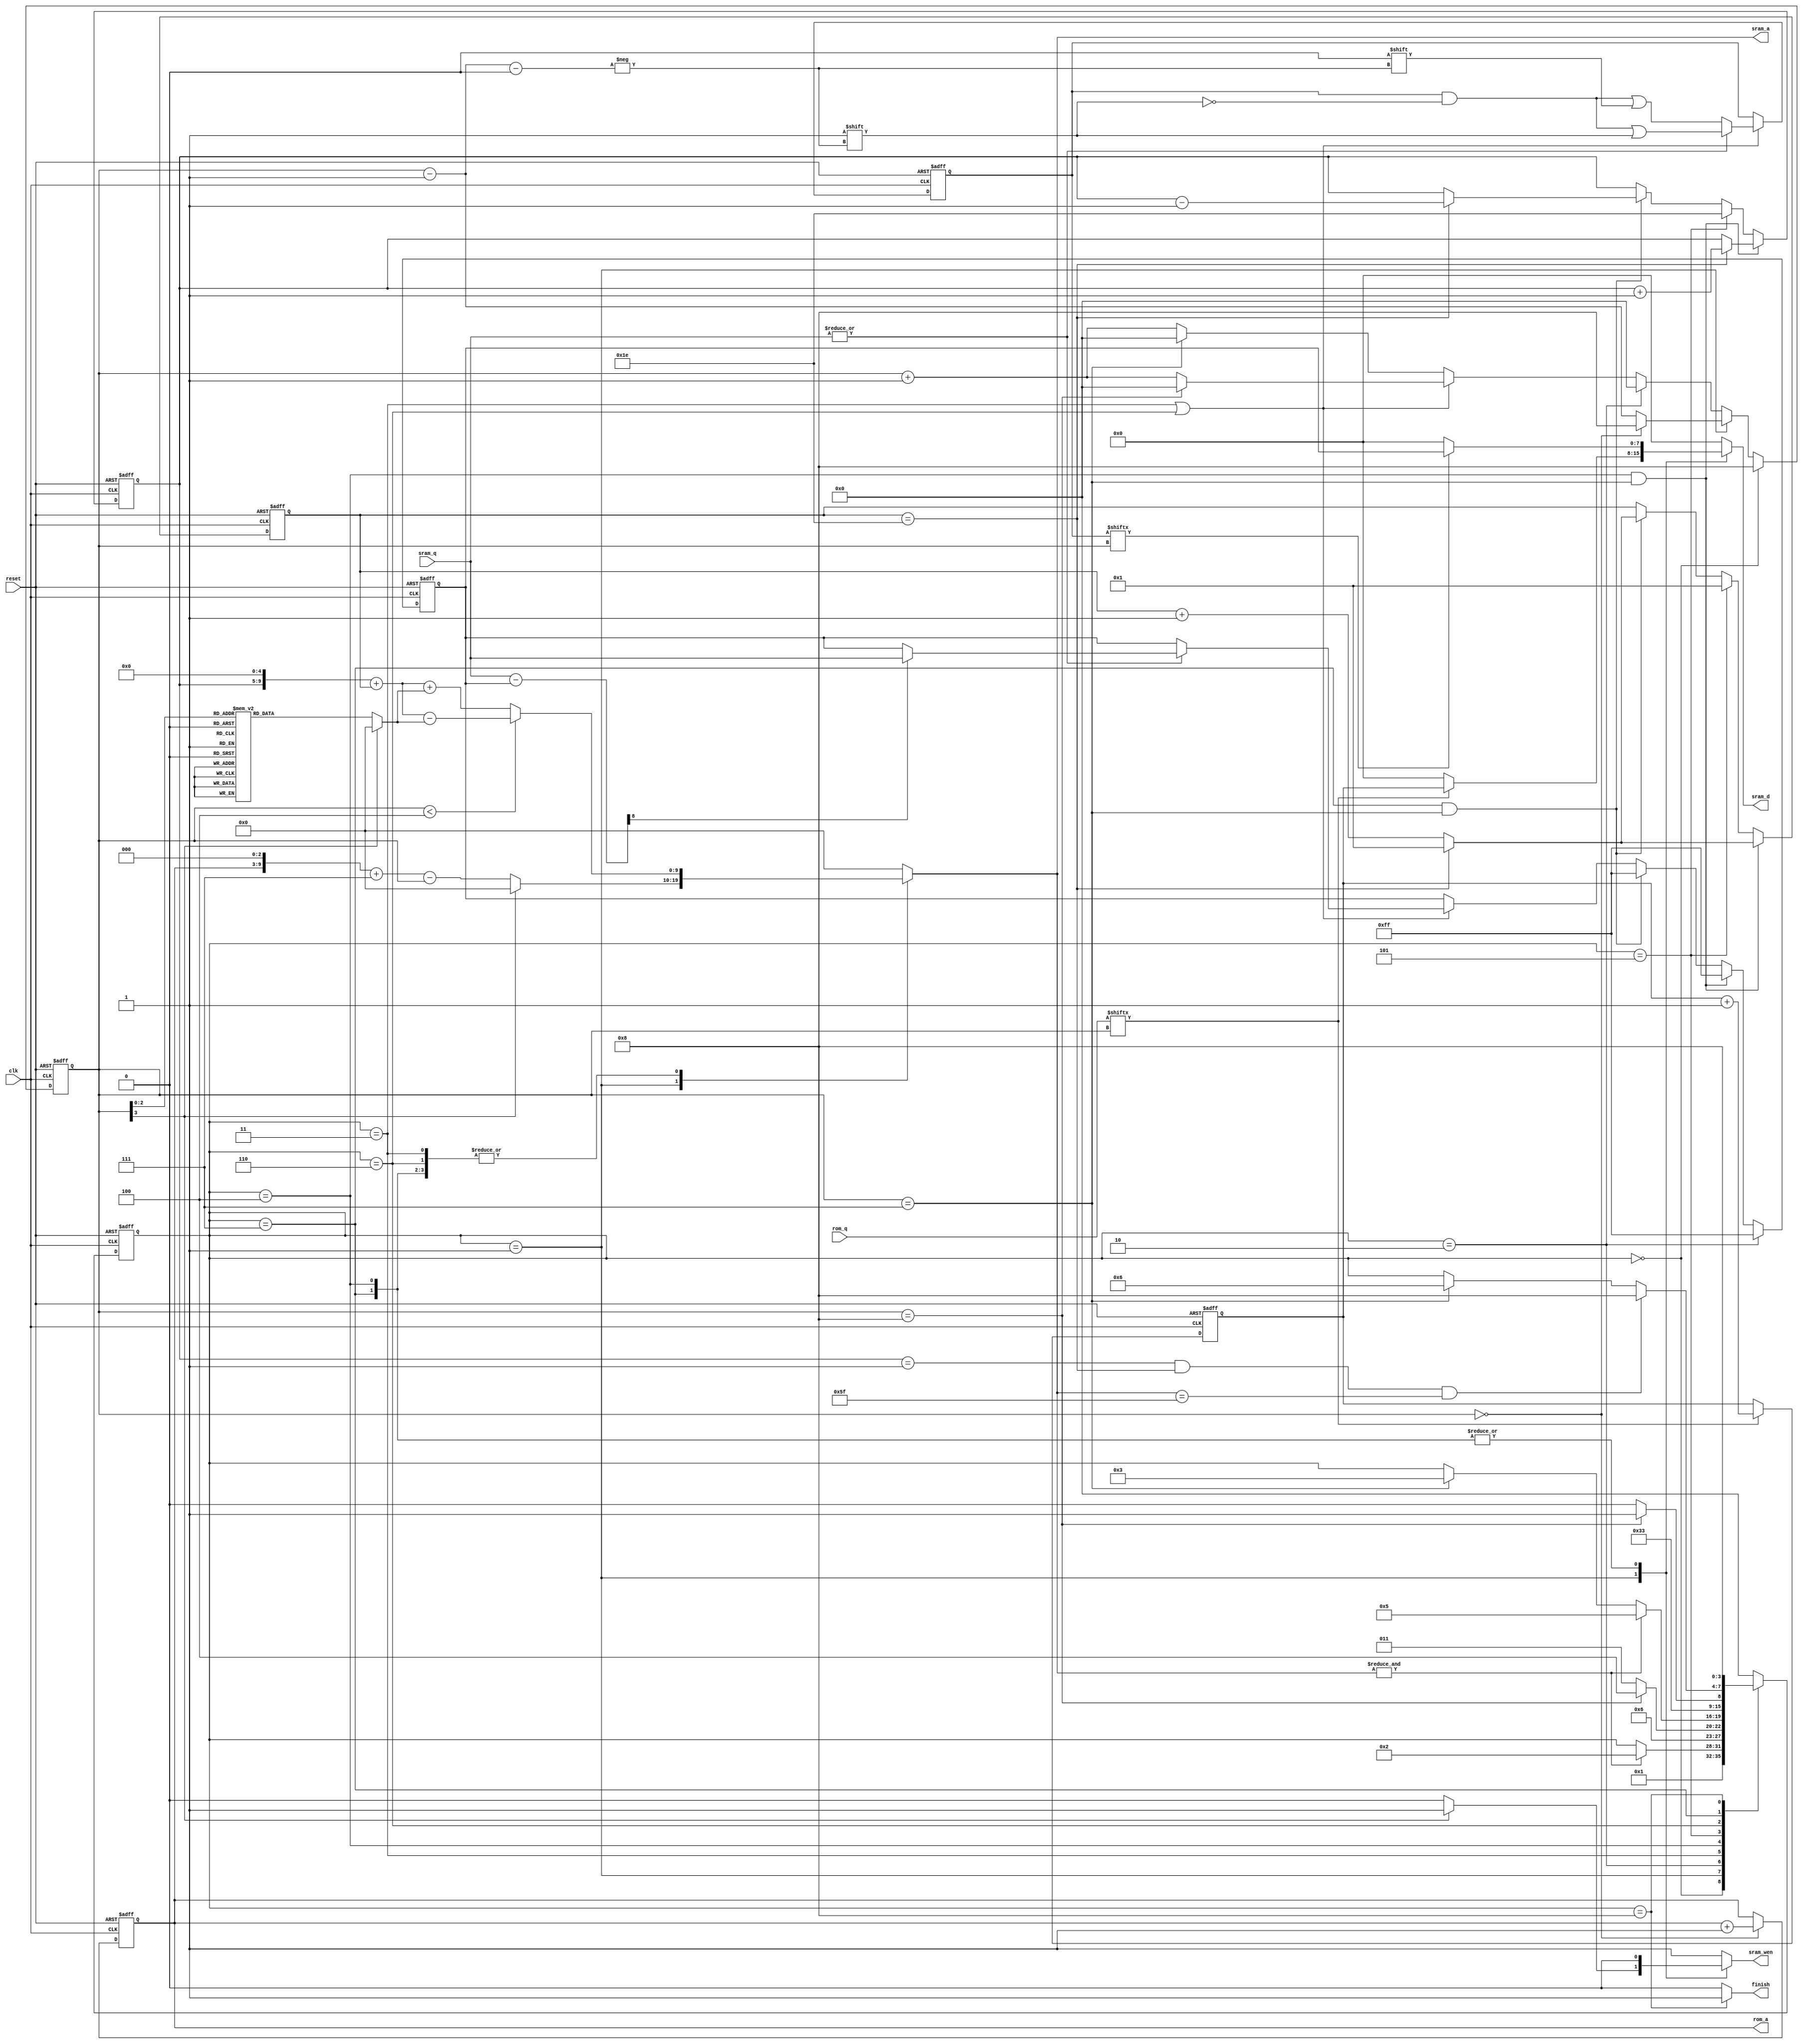
`timescale 1ns/10ps
module CLE ( clk, reset, rom_q, rom_a, sram_q, sram_a, sram_d, sram_wen, finish);
input         clk;
input         reset;
input  [7:0]  rom_q;
output reg [6:0]  rom_a;
input  [7:0]  sram_q;
output reg [9:0]  sram_a;
output reg [7:0]  sram_d;
output reg        sram_wen;
output        finish;

parameter IDLE = 4'd0,
          LABEL = 4'd1,
          LABEL_DONE = 4'd2,
          SCAN_S1 = 4'd3,
          WRITE_S1 = 4'd4,
          S1_DONE = 4'd5,
          SCAN_S2 = 4'd6,
          WRITE_S2 = 4'd7,
          DONE = 4'd8;




reg [3:0] state, n_state;
reg [3:0] cnt, n_cnt;
reg [7:0] tmp_label;
reg [4:0] row, n_row;
reg [4:0] col, n_col;
reg [7:0] min, n_min;
wire [9:0] c_addr;
reg [9:0] sram_addr, bias;
wire [8:0] diff;
reg [7:0] record;
assign c_addr = {row,5'd0} + col;
assign finish = (state == DONE)?1'b1:1'b0;
assign diff = sram_q - min;

always@(posedge clk or posedge reset)begin
    if(reset)begin
        state <= IDLE; 
    end
    else begin
        state <= n_state;
    end
end
always@(*)begin
    case(state)
        IDLE:n_state = LABEL;
        LABEL:begin
            if(&sram_a)begin
                n_state = LABEL_DONE;
            end
            else begin
                n_state = state;
            end
        end
        LABEL_DONE: n_state = SCAN_S1;
        SCAN_S1:begin
            if(cnt == 4'd8)begin
                n_state = WRITE_S1;
            end
            else begin
                n_state = SCAN_S1;
            end
        end
        WRITE_S1:begin
            if(&sram_a)begin
                n_state = S1_DONE;
            end
            else if(cnt == 4'd7)begin
                n_state = SCAN_S1;
            end
            else begin
                n_state = state;
            end
        end
        S1_DONE: n_state = SCAN_S2;
        SCAN_S2:begin
            if(cnt == 4'd8)begin
                n_state = WRITE_S2;
            end
            else begin
                n_state = SCAN_S2;
            end
        end
        WRITE_S2:begin
            if(row == 5'd1 && col == 5'd30 && sram_a == 10'd95)begin
                n_state = DONE;
            end
            else if(cnt == 4'd7)begin
                n_state = SCAN_S2;
            end
            else begin
                n_state = state;
            end
        end
        DONE:begin
            n_state = DONE;
        end 
        default:n_state = IDLE;
    endcase
end

always@(posedge clk or posedge reset)begin
    if(reset)begin
        cnt <= 4'd8;
    end
    else if(state == IDLE)begin
        cnt <= 4'd8;
    end
    else begin
        cnt <= n_cnt;
    end
end
always@(*)begin
    if(state == LABEL)begin
        if(cnt == 4'd0)begin
            n_cnt = 4'd8;
        end
        else begin
            n_cnt = cnt - 4'd1;
        end
    end
    else if(state == LABEL_DONE)begin
        n_cnt = 4'd0;
    end
    else if(state == SCAN_S1 || state == SCAN_S2)begin
        if(cnt == 4'd8)begin
            n_cnt = 4'd0;
        end
        else begin
            n_cnt = cnt + 4'd1;
        end
    end
    else begin
        if(cnt == 4'd7)begin
            n_cnt = 4'd0;
        end
        else begin
            n_cnt = cnt + 4'd1;
        end 
    end    
end

always@(posedge clk or posedge reset)begin
    if(reset)begin
        tmp_label <= 8'd1;
    end
    else if(rom_q[cnt])begin
        tmp_label <= tmp_label + 8'd1;
    end
    else begin
    end
end

always@(posedge clk or posedge reset)begin
    if(reset)begin
        rom_a <= 7'd0;
    end
    else if(cnt == 4'd0)begin
        rom_a <= rom_a + 7'd1;
    end
end

// set row and column
always@(posedge clk or posedge reset)begin
    if(reset)begin
        row <= 5'd1;
        col <= 5'd1;
    end
    else begin
        row <= n_row;
        col <= n_col;
    end
end
always@(*)begin
    if(state == WRITE_S1 && cnt == 4'd7)begin
        // from left to right, top to down
        if(col == 5'd30)begin
            n_row = row + 5'd1;
            n_col = 5'd1;
        end
        else begin
            n_row = row;
            n_col = col + 5'd1;
        end
    end
    else if(state == S1_DONE)begin
        n_row = 5'd30;
        n_col = 5'd1;
    end
    else if(state == WRITE_S2 && cnt == 4'd7)begin
        // from left to right, down to top
        if(col == 5'd30)begin
            n_row = row - 5'd1;
            n_col = 5'd1;
        end
        else begin
            n_row = row;
            n_col = col + 5'd1;
        end
    end
    else begin
        n_row = row;
        n_col = col;
    end
end

// caculate sram addr
always@(*)begin
    if(cnt < 4'd4)begin
        sram_addr = c_addr - bias;
    end
    else begin
        sram_addr = c_addr + bias;
    end
end
always@(*)begin
    case(cnt)
        4'd0: bias = 10'd33;
        4'd1: bias = 10'd32;
        4'd2: bias = 10'd31;
        4'd3: bias = 10'd1;
        4'd4: bias = 10'd1;
        4'd5: bias = 10'd31;
        4'd6: bias = 10'd32;
        4'd7: bias = 10'd33;
        default: bias = 10'd0;
    endcase
end

always@(posedge clk or posedge reset)begin
    if(reset)begin
        record <= 8'd0;
    end
    else if(state == SCAN_S1 || state == SCAN_S2)begin
        if(~|sram_q)begin
            record[cnt-4'd1] <=1'b0;
        end
        else begin
            record[cnt-4'd1] <= 1'b1;
        end
    end
    else begin
    end
end

always@(posedge clk or posedge reset)begin
    if(reset)begin
        min <= 8'hFF;
    end
    else if(state == LABEL_DONE)begin
        min <= 8'hFF;
    end
    else begin
        min <= n_min;
    end
end
always@(*)begin
    if(state == WRITE_S1 && cnt == 4'd7)begin
        n_min = 8'hFF;
    end
    else if(state == WRITE_S2 && cnt == 4'd7)begin
        n_min = 8'hFF;
    end
    else if(state == SCAN_S1 || state == SCAN_S2)begin
        if(~|sram_q)begin
            n_min = min;
        end
        else if(diff[8])begin
            n_min = sram_q;
        end
        else begin
            n_min = min;
        end
    end
    else begin
        n_min = min;
    end
end

always@(*)begin
    case(state)
        LABEL:begin
            sram_wen = (cnt[3])?1'b1 :1'b0;
            sram_a = (cnt[3])?10'd0:{rom_a,3'd0} + 4'd7 - cnt;
            sram_d = (rom_q[cnt])? tmp_label : 8'd0;
        end
        SCAN_S1:begin
            sram_wen = 1'b1;
            sram_a = sram_addr;
            sram_d = 8'd0;
        end
        WRITE_S1:begin
            sram_wen = 1'b0;
            sram_a = sram_addr;
            sram_d = (record[cnt])? min:8'd0;
        end
        SCAN_S2:begin
            sram_wen = 1'b1;
            sram_a = sram_addr;
            sram_d = 8'd0;
        end
        WRITE_S2:begin
            sram_wen = 1'b0;
            sram_a = sram_addr;
            sram_d = (record[cnt])? min:8'd0;
        end
        default:begin
            sram_wen = 1'b1;
            sram_a = 10'd0;
            sram_d = 8'd0;
        end
    endcase
end


endmodule